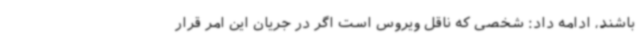
باشند، ادامه داد: شخصی که ناقل ویروس است اگر در جریان این امر قرار